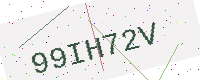
Text: 99IH72V